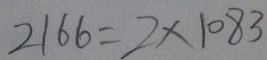
2 1 6 6 = 2 \times 1 0 8 3